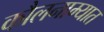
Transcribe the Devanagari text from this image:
कौलनाम्यात